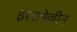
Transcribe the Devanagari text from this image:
इसाबेल्लीन